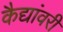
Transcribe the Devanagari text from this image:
कैद्यांवरी